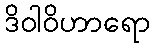
ဒိဝါဝိဟာရော